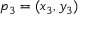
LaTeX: p _ { 3 } = ( x _ { 3 } , y _ { 3 } )